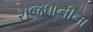
રાજધાનીના